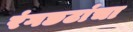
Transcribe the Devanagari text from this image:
रंगछटांचा